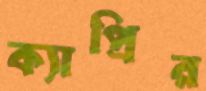
ক্যাপ্রির